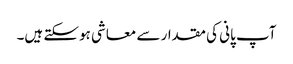
آپ پانی کی مقدار سے معاشی ہوسکتے ہیں۔